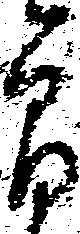
郎